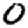
Digit: 0